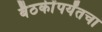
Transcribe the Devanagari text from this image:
बैठकींपर्यंतचा